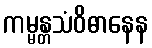
ကမ္မန္တသံဝိဓာနေန